Report of the Municipal Commissioner on the plague in Bombay for the year ending 31st May... - Volume 2
Disease focus: Plague
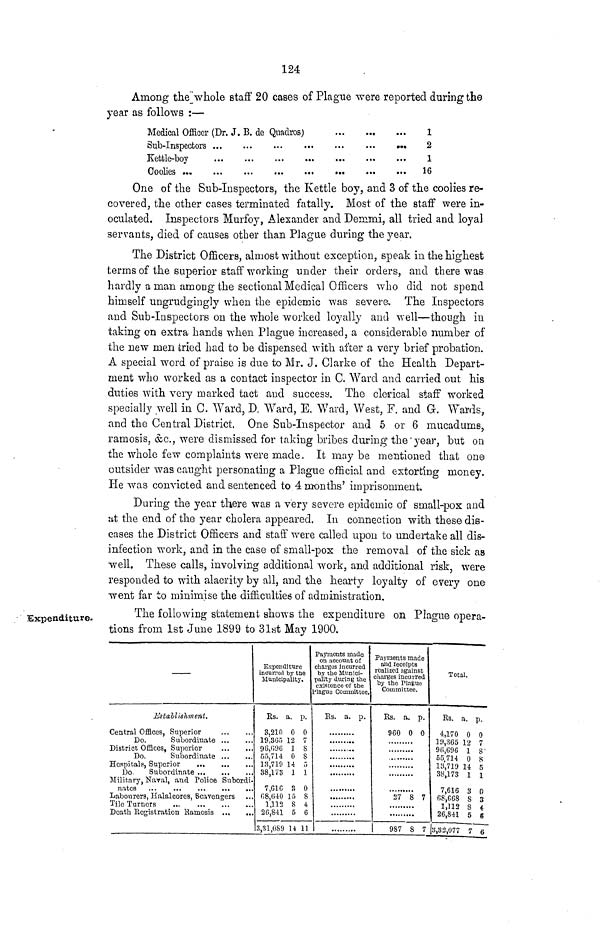
124
Among the'whole staff 20 cases of Plague were reported during the
year as follows :—
Medical Officer (Dr. J. B. de Quadros)
1
2
1
16
One of the Sub-Inspectors, the Kettle boy, and 3 of the coolies re-
covered, the other cases terminated fatally. Most of the staff were in-
oculated. Inspectors Murfoy, Alexander and Demmi, all tried and loyal
servants, died of causes other than Plague during the year.
The District Officers, almost without exception, speak in the highest
terms of the superior staff working under their orders, and there was
hardly a man among the sectional Medical Officers who did not spend
himself ungrudgingly when the epidemic was severe. The Inspectors
and Sub-Inspectors on the whole worked loyally and well—though in
taking on extra hands when Plague increased, a considerable number of
the new men tried had to be dispensed with after a very brief probation.
A special word of praise is due to Mr. J. Clarke of the Health Depart-
ment who worked as a contact inspector in C. Ward and carried out his
duties with very marked tact and success. The clei'ical staff worked
specially well in C. Ward, D. Ward, E. Ward, West, F. and G. Wards,
and the Central District. One Sub-Inspector and 5 or 6 mucadums,
ramosis, &c., were dismissed for taking bribes during the'year, but on
the whole few complaints were made. It may be mentioned that one
outsider was caught personating a Plague official and extorting money.
He was convicted and sentenced to 4 months' imprisonment.
During the year there was a very sevei^e epidemic of small-pox and
at the end of the year cholera appeared. In connection with these dis-
eases the District Officers and staff were called upon to undertake all dis-
infection work, and in the case of small-pox the removal of the sick as
well. These calls, involving additional work, and additional risk, were
responded to with alacrity by all, and the hearty loyalty of every one
went far to minimise the difficulties of administration.
Expenditure.
The following statement shows the expenditure on Plague opera-
tions from 1st June 1899 to 31st May 1900.
Ustallisliment.
Central Offices, Superior
Do.
Subordinate
District Offices, Superior
Do.
Subordinate
Hospitals, Superior
Do
Subordinate
Military, Naval, and Police Subordi-
nates
...
. ..
...
. i.
..
Labourers, Halalcoies, Scavengers
Tile Turners
...
Death Registration Rarnosis
Expenditure
incurred by tne
Municipality,
Us. a. p.
3,210 0 0
19,305 12 7
96,096 1 8
55,714: 0 8
13,719 14 5
38,173 1 1
7,G1G 8 0
08,640 15 8
1,112 8 4
20,841 5 6
3,31,089 14 11
Payments made
on account of
charges incurred
by the Munici-
pality during the
existence of the
Plague Committee.
Us. a. p.
Payments made
and receipts
realized against
charges incurred
toy the Plague
Committee.
Rs. a. p.
960 0 0
27 8 7
987 8 7
Total.
Rs. a.
4,170 0
19,365 12
90,096 1
55,714 0
13,719 14
38,173 1
7,616 3
(>8,GGS 8
1,112 S
26,841 5
3,32,077 7
P-
0
7
S'
8
5
1
0
3
4
S
6